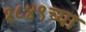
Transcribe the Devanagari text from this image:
१८४९च्या